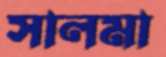
সালমা